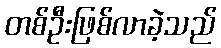
တစ်ဦးဖြစ်လာခဲ့သည်